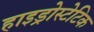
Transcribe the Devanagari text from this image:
हाइड्रोस्टेटिक